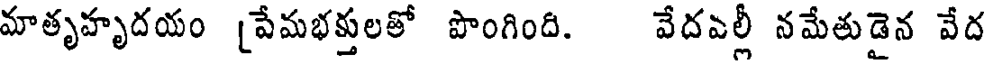
మాతృహృదయం [పేమభక్తులతో పొంగింది. వేదవల్లీ నమేతుడైన వేద